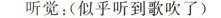
听觉：(似乎听到歌吹了)